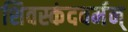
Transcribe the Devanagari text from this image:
शिवस्कंदवर्मन्